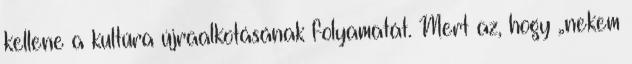
kellene a kultúra újraalkotásának folyamatát. Mert az, hogy „nekem